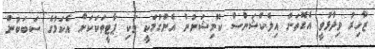
ޒާހިރު ވިދާޅުވީ އެގޮތަށް އިލެކްޝަންސް ކޮމިޝަނުން އެންގުމަކީ ވަކި ޕާޓީތަކަކަށް އެކަމުގެ ސަބަބުން